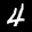
Label: 4